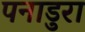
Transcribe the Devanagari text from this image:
पनाडुरा